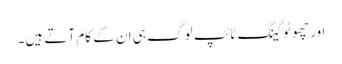
اور چھوٹو گینگ ٹائپ لو گ ہی ان کے کام آتے ہیں۔